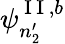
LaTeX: \psi_{n_{2}^{\prime}}^{\mathrm{~I~I~},b}